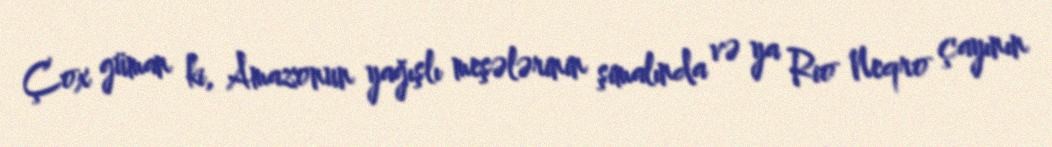
Çox güman ki, Amazonun yağışlı meşələrinin şimalında və ya Rio Neqro çayının